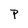
Character: p